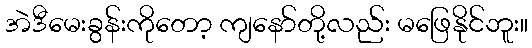
အဲဒီမေးခွန်းကိုတော့ ကျနော်တို့လည်း မဖြေနိုင်ဘူး။